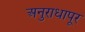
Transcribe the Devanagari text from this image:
अनुराधापूर